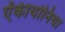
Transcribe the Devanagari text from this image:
ऐंकीयोनिया